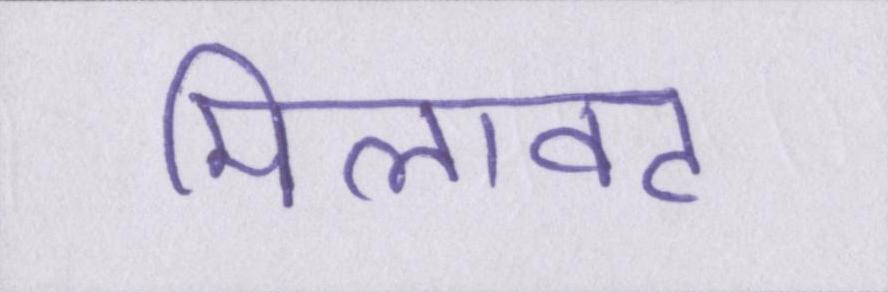
मिलावट